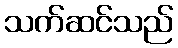
သက်ဆင်သည်